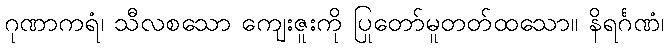
ဂုဏာကရံ၊ သီလစသော ကျေးဇူးကို ပြုတော်မူတတ်ထသော။ နိရင်္ဂဏံ၊